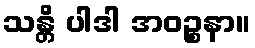
သန္တိ ပါဒါ အဝဉ္စနာ။